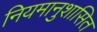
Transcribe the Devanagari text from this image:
नियमानुशासित